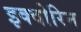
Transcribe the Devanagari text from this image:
इक्वोरिन